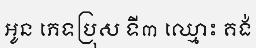
អូន ភេទប្រុស ទី៣ ឈ្មោះ គង់